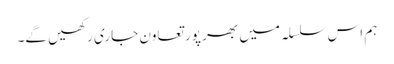
ہم اس سلسلہ میں بھر پور تعاون جاری رکھیں گے۔